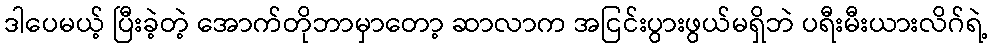
ဒါပေမယ့် ပြီးခဲ့တဲ့ အောက်တိုဘာမှာတော့ ဆာလာက အငြင်းပွားဖွယ်မရှိဘဲ ပရီးမီးယားလိဂ်ရဲ့